Indian journal of veterinary science and animal husbandry - Volume 2,
Year: 1932
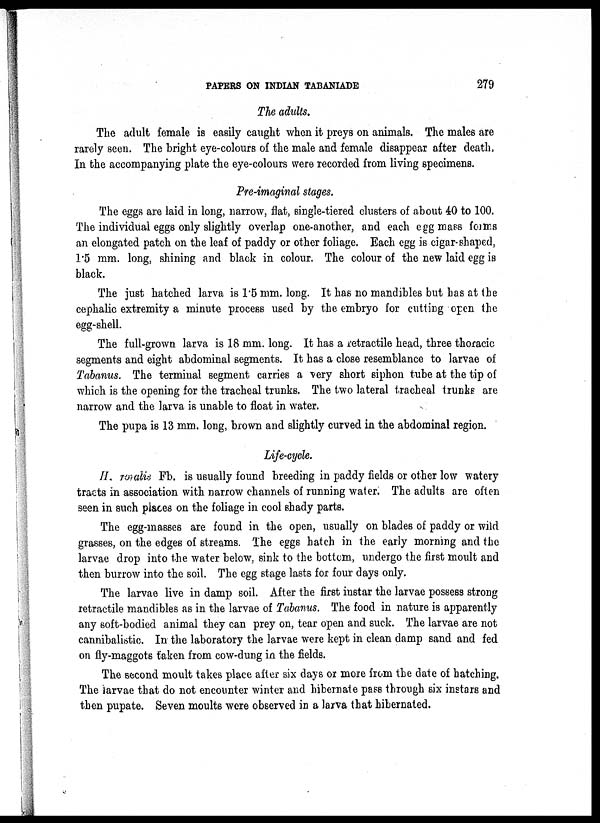
PAPERS ON INDIAN TABANIADE
279
The adults.
The adult female is easily caught when it preys on animals. The males are
rarely seen. The bright eye-colours of the male and female disappear after death,
In the accompanying plate the eye-colours were recorded from living specimens.
Pre-imaginal stages.
The eggs are laid in long, narrow, flat, single-tiered clusters of about 40 to 100.
The individual eggs only slightly overlap one-another, and each egg mass forms
an elongated patch on the leaf of paddy or other foliage. Each egg is cigar-shaped,
1.5 mm. long, shining and black in colour. The colour of the new laid egg is
black.
The just hatched larva is 1.5 mm. long. It has no mandibles but has at the
cephalic extremity a minute process used by the embryo for cutting open the
egg-shell.
The full-grown larva is 18 mm. long. It has a retractile head, three thoracic
segments and eight abdominal segments. It has a close resemblance to larvae of
Tabanus. The terminal segment carries a very short siphon tube at the tip of
which is the opening for the tracheal trunks. The two lateral tracheal trunks are
narrow and the larva is unable to float in water.
The pupa is 13 mm. long, brown and slightly curved in the abdominal region.
Life-cycle.
H. roralis Fb. is usually found breeding in paddy fields or other low watery
tracts in association with narrow channels of running water. The adults are often
seen in such places on the foliage in cool shady parts.
The egg-masses are found in the open, usually on blades of paddy or wild
grasses, on the edges of streams. The eggs hatch in the early morning and the
larvae drop into the water below, sink to the bottom, undergo the first moult and
then burrow into the soil. The egg stage lasts for four days only.
The larvae live in damp soil. After the first instar the larvae possess strong
retractile mandibles as in the larvae of Tabanus. The food in nature is apparently
any soft-bodied animal they can prey on, tear open and suck. The larvae are not
cannibalistic. In the laboratory the larvae were kept in clean damp sand and fed
on fly-maggots taken from cow-dung in the fields.
The second moult takes place after six days or more from the date of hatching.
The larvae that do not encounter winter and hibernate pass through six instars and
then pupate. Seven moults were observed in a larva that hibernated.